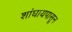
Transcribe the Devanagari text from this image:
शांघायपासून